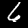
Digit: 6